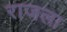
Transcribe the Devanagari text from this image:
राजला